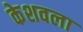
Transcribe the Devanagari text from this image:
केशवला